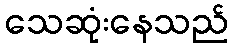
သေဆုံးနေသည်